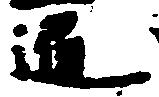
通